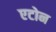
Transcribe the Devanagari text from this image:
एटोन